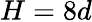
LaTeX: H=8d